Scottish Leaving Certificate Examination, 1954
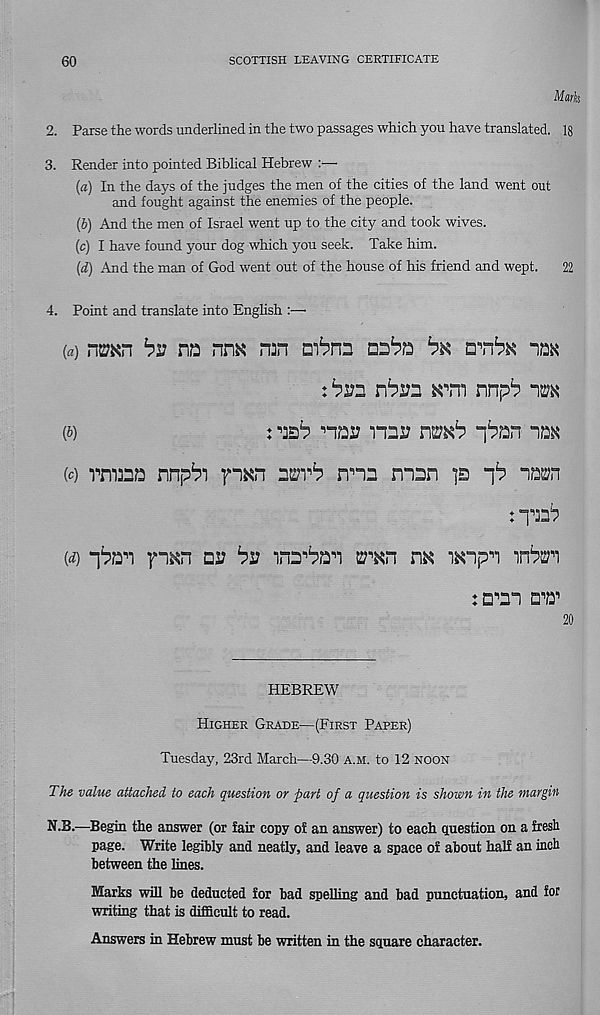
60
SCOTTISH LEAVING CERTIFICATE
Mark
2. Parse the words underlined in the two passages which you have translated. 18
3. Render into pointed Biblical Hebrew :—
(a) In the days of the judges the men of the cities of the land went out
and fought against the enemies of the people.
(b) And the men of Israel went up to the city and took wives.
(c) I have found your dog which you seek. Take him.
(d) x\nd the man of God went out of the house of his friend and wept.
22
4. Point and translate into English :—•
(a) nswn by n» nm nan
bx bt6k “m
: bus nbvn am nnpb
(b)
: 22b , H»i7 mar nmb i^an
W rmaas nnp^i fixn zwrb nma man ]s “ib nam
: ynb
(d) -]aan ^n^n ar by ma^an 2?^n m impn
:amn a^1
20
HEBREW
Higher Grade—(First Paper)
Tuesday, 23rd March—9.30 a.m. to 12 noon
The value attached to each question or part of a question is shown in the margin
N.B.—Begin the answer (or fair copy of an answer) to each question on a fresh
page. Write legibly and neatly, and leave a space of about half an inch
between the lines.
Marks will be deducted for bad spelling and bad punctuation, and for
writing that is difficult to read.
Answers in Hebrew must be written in the square character.